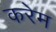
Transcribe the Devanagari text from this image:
करेम